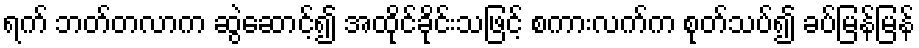
ရက် ဘတ်တလာက ဆွဲဆောင့်၍ အထိုင်ခိုင်းသဖြင့် စကားလက်က စုတ်သပ်၍ ခပ်မြန်မြန်